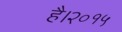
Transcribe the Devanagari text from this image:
है।२०१५